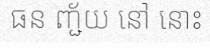
ធន ញ្ជ័យ នៅ នោះ